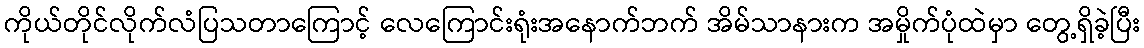
ကိုယ်တိုင်လိုက်လံပြသတာကြောင့် လေကြောင်းရုံးအနောက်ဘက် အိမ်သာနားက အမှိုက်ပုံထဲမှာ တွေ့ရှိခဲ့ပြီး